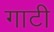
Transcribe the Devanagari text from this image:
गाटी